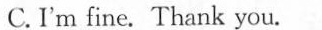
C.I'm fine. Thank you.